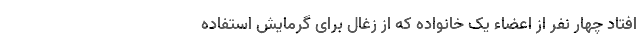
افتاد چهار نفر از اعضاء یک خانواده که از زغال برای گرمایش استفاده